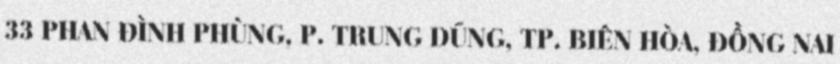
33 PHAN ĐÌNH PHÙNG, P. TRUNG DŨNG, TP. BIÊN HÒA, ĐỒNG NAI